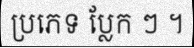
ប្រភេទ ប្លែក ៗ ។